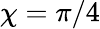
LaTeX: \chi=\pi/4